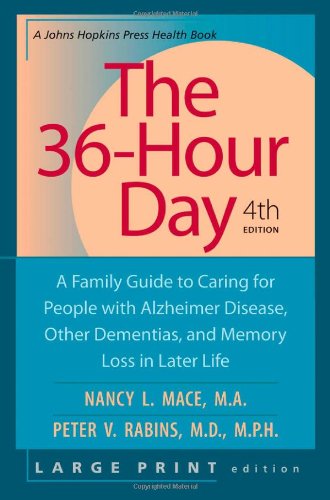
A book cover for The 36-Hour Day, fourth edition, large print: The 36-Hour Day: A Family Guide to Caring for People with Alzheimer Disease, Other Dementias, and Memory ... Life (A Johns Hopkins Press Health Book); Nancy L. Mace; Parenting & Relationships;